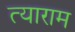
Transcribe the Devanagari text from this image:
त्याराम